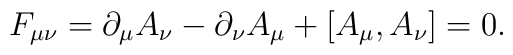
F_{\mu\nu} = \partial_\mu A_\nu - \partial_\nu A_\mu + [A_\mu, A_\nu] = 0.